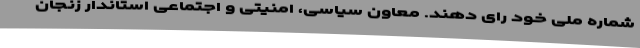
شماره ملی خود رای دهند. معاون سیاسی، امنیتی و اجتماعی استاندار زنجان